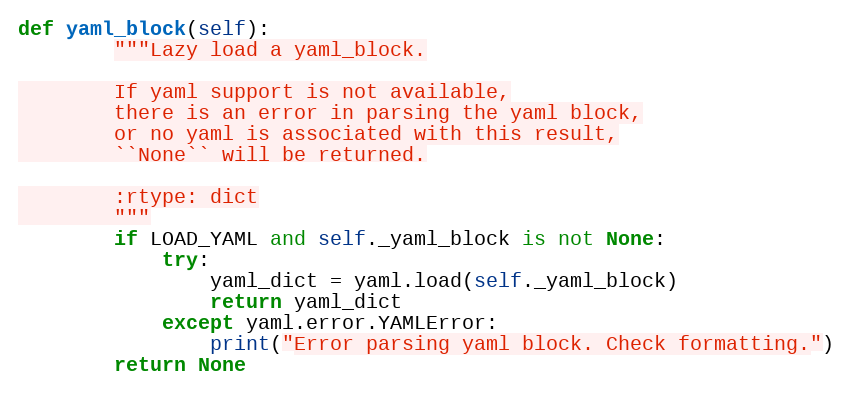
Language: Python
def yaml_block(self):
        """Lazy load a yaml_block.

        If yaml support is not available,
        there is an error in parsing the yaml block,
        or no yaml is associated with this result,
        ``None`` will be returned.

        :rtype: dict
        """
        if LOAD_YAML and self._yaml_block is not None:
            try:
                yaml_dict = yaml.load(self._yaml_block)
                return yaml_dict
            except yaml.error.YAMLError:
                print("Error parsing yaml block. Check formatting.")
        return None